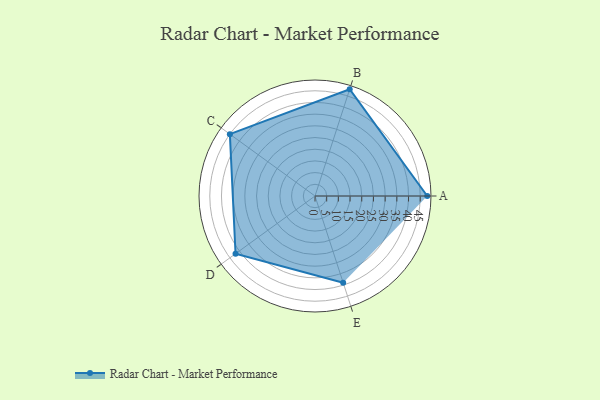
{"axis": {"x": "Skill", "y": "Score"}, "legend": ["Profile"], "data": [{"x": "A", "y": 48.0, "type": "Profile"}, {"x": "B", "y": 48.0, "type": "Profile"}, {"x": "C", "y": 45.0, "type": "Profile"}, {"x": "D", "y": 42.0, "type": "Profile"}, {"x": "E", "y": 39.0, "type": "Profile"}]}